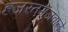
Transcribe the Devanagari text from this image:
हजरतगंजवाले